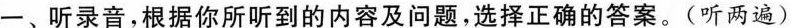
一、听录音,根据你所听到的内容及问题,选择正确的答案。(听两遍)